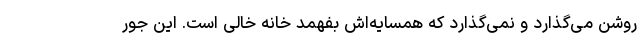
روشن می‌گذارد و نمی‌گذارد که همسایه‌اش بفهمد خانه خالی است. این جور